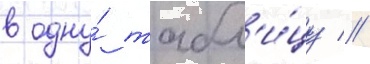
в одну́ табл'и́цу //